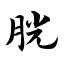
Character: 胱